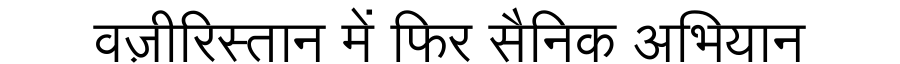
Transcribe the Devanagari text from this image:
वज़ीरिस्तान में फिर सैनिक अभियान